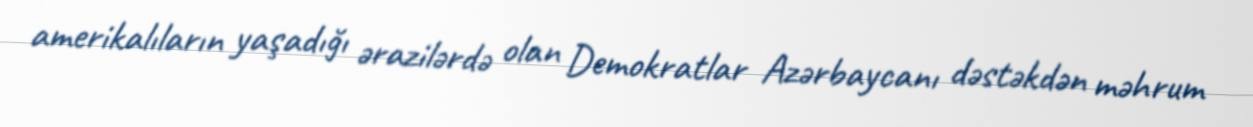
amerikalıların yaşadığı ərazilərdə olan Demokratlar Azərbaycanı dəstəkdən məhrum